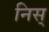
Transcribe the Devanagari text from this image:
निस्